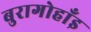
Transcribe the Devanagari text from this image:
बुरागोहाँइ